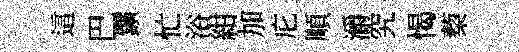
這巴鑛忙浴紺加庀順灂究愒蔾